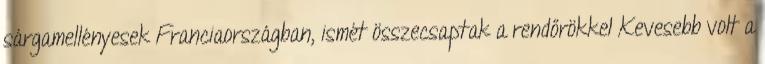
sárgamellényesek Franciaországban, ismét összecsaptak a rendőrökkel Kevesebb volt a